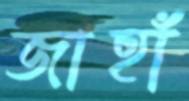
জাহাঁ